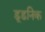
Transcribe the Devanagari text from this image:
डूडनिक